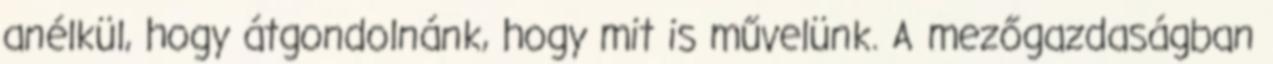
anélkül, hogy átgondolnánk, hogy mit is művelünk. A mezőgazdaságban